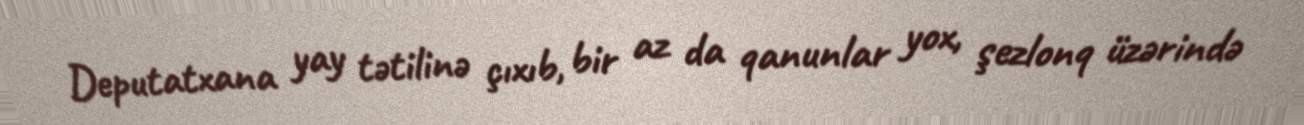
Deputatxana yay tətilinə çıxıb, bir az da qanunlar yox, şezlonq üzərində